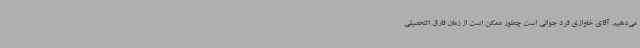
می‌دهیم. آقای خاوازی فرد جوانی است چطور ممکن است از زمان فارق التحصیلی